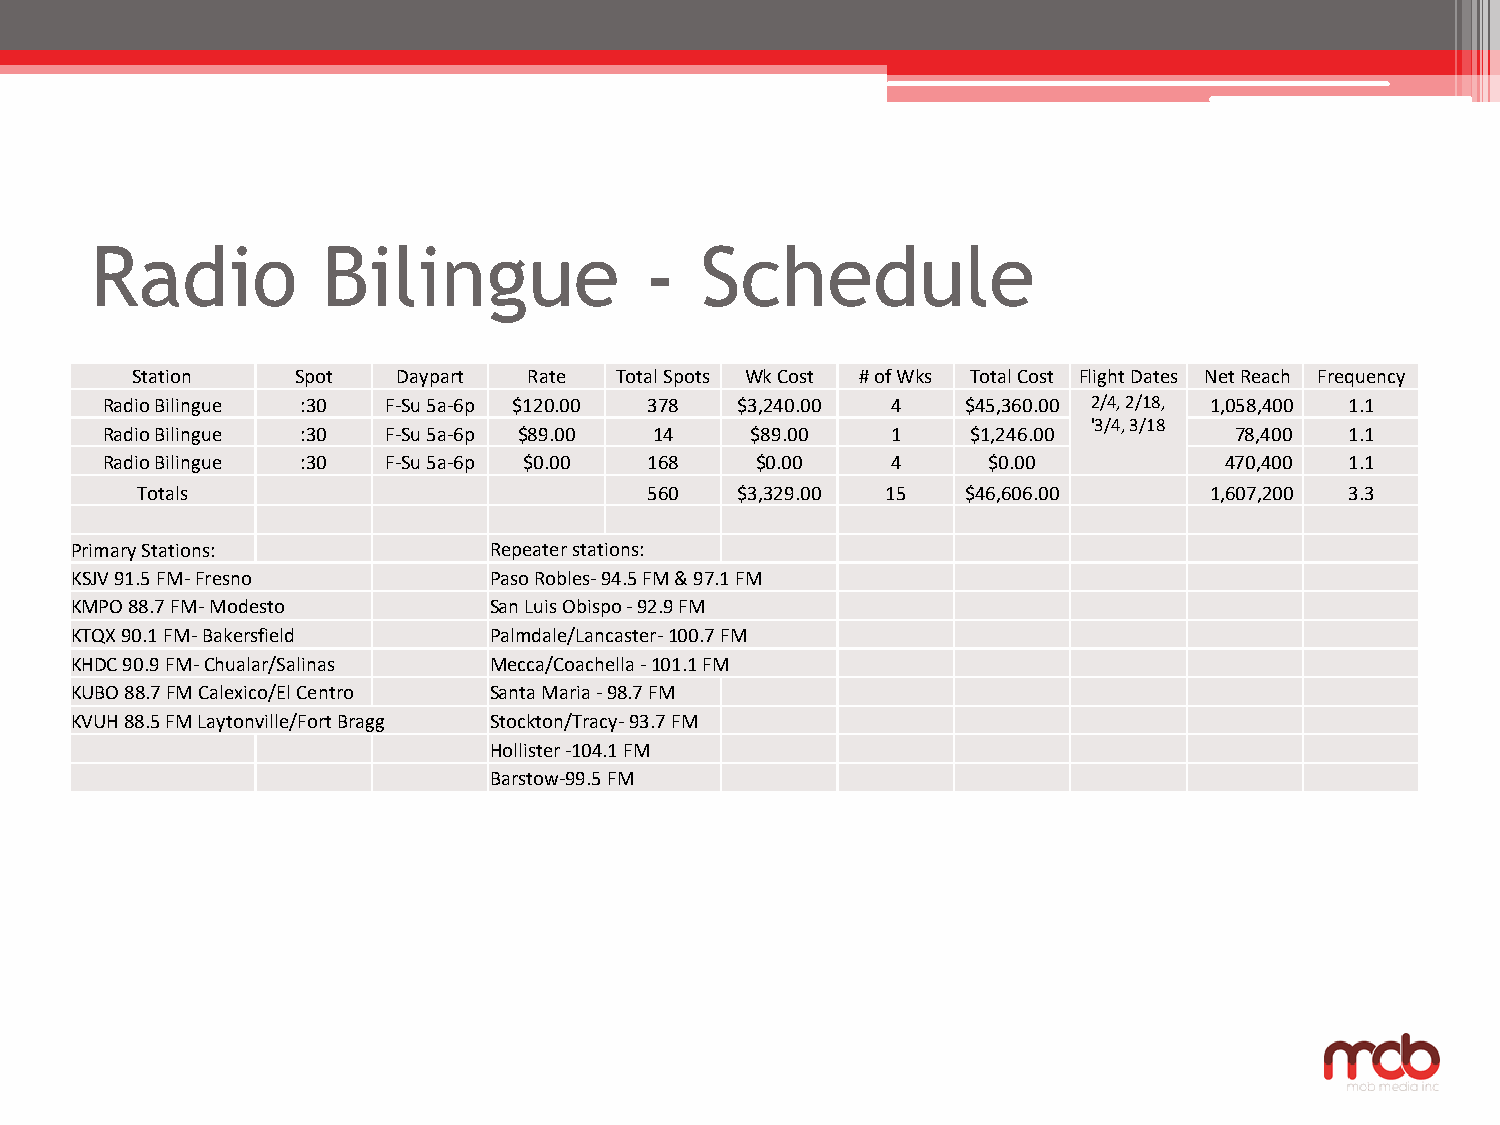
Radio          Bilingue              -  Schedule
 Station   Spot   Daypart  Rate  Total Spots Wk Cost # of Wks Total Cost Flight Dates Net Reach Frequency
 Radio Bilingue :30 F-Su 5a-6p $120.00 378 $3,240.00 4    $45,360.00 2/4, 2/18, 1,058,400 1.1
 '3/4, 3/18
 Radio Bilingue :30 F-Su 5a-6p $89.00 14    $89.00   1    $1,246.00         78,400 1.1
 Radio Bilingue :30 F-Su 5a-6p $0.00 168    $0.00    4     $0.00           470,400 1.1
 Totals                            560   $3,329.00 15   $46,606.00      1,607,200 3.3
 Primary Stations:          Repeater stations:
 KSJV 91.5 FM-Fresno        Paso Robles-94.5 FM & 97.1 FM
 KMPO 88.7 FM-Modesto       San Luis Obispo -92.9 FM
 KTQX 90.1 FM-Bakersfield   Palmdale/Lancaster-100.7 FM
 KHDC 90.9 FM-Chualar/Salinas Mecca/Coachella -101.1 FM
 KUBO 88.7 FM Calexico/El Centro Santa Maria -98.7 FM
 KVUH 88.5 FM Laytonville/Fort Bragg Stockton/Tracy-93.7 FM
 Hollister -104.1 FM
 Barstow-99.5 FM